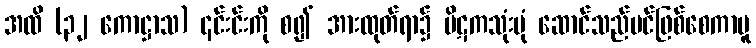
အထိ (၃၂ ကောဋ္ဌာသ) ၎င်းင်းကို စ၍ အားထုတ်ရာ၌ ပိဋကသုံးပုံ ဆောင်သည်ပင်ဖြစ်စေကာမူ